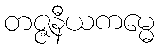
တဇ္ဇနီယကမ္မေ